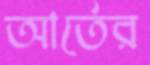
আর্তের